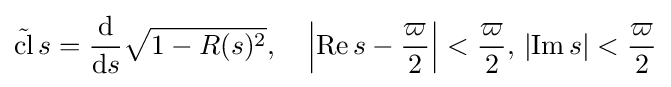
{\tilde {\operatorname {cl} }}\,s={\frac {\mathrm {d} }{\mathrm {d} s}}{\sqrt {1-R(s)^{2}}},\quad \left|\operatorname {Re} s-{\frac {\varpi }{2}}\right|<{\frac {\varpi }{2}},\,\left|\operatorname {Im} s\right|<{\frac {\varpi }{2}}